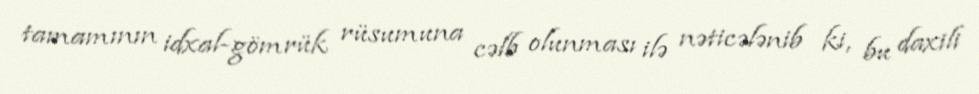
tamamının idxal-gömrük rüsumuna cəlb olunması ilə nəticələnib ki, bu daxili